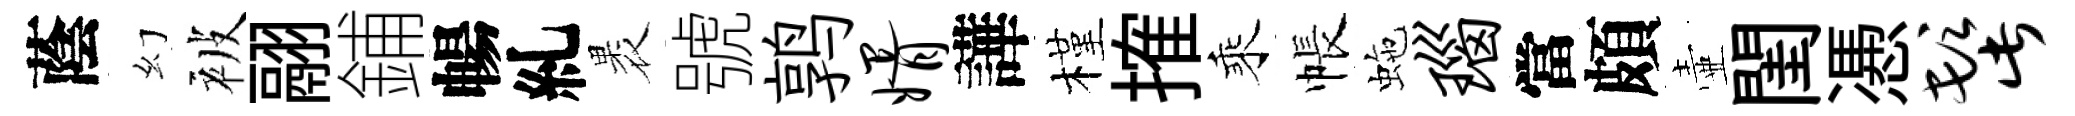
蔭幻被翮鋪暢糺褁號鹑婿譁槿搉乘帳虵瑙當頗壷閨慿髭